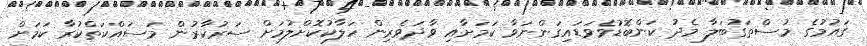
ގައުމުގެ މުސްތަގުބަލާ މެދު ކަންބޮޑުވެވަޑައިގަންނަވާ ކަމަށާއި ވާދަވެރިން ހަލާކުކޮށްލުމަށް ސަރުކާރުން މަސައްކަތްކުރާ ކަމަށް